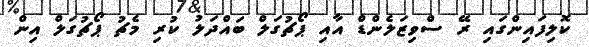
ކޮލިފައިންގައި ރޭ ސްވިޒަލެންޑް އާއި ޕޯޗުގަލް ބައްދަލު ކުރި މެޗު ޕޯޗުގަލް އިން